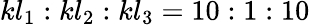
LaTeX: kl_{1}:kl_{2}:kl_{3}=10:1:10